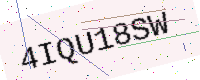
Text: 4IQU18SW